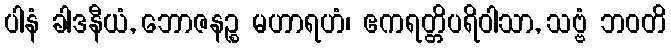
ပါနံ ခါဒနီယံ, ဘောဇနဉ္စ မဟာရဟံ၊ ဧကရတ္တိပရိဝါသာ, သဗ္ဗံ ဘဝတိ